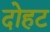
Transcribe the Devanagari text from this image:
दोहट